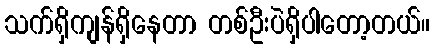
သက်ရှိကျန်ရှိနေတာ တစ်ဦးပဲရှိပါတော့တယ်။